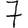
Digit: 7